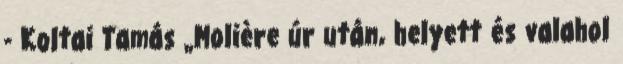
- Koltai Tamás „Molière úr után, helyett és valahol